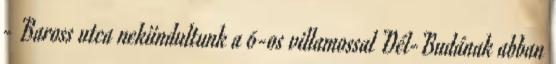
- Baross utca nekiindultunk a 6-os villamossal Dél-Budának abban